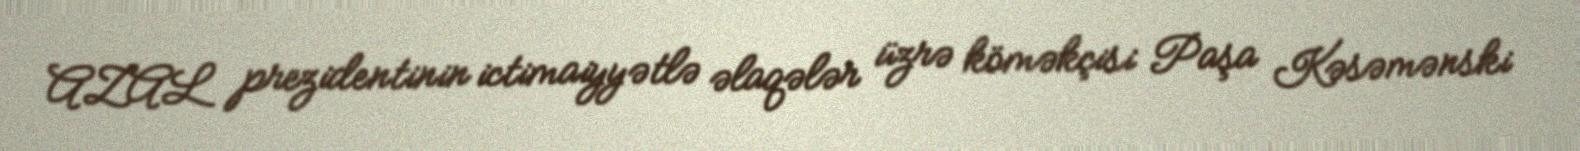
AZAL prezidentinin ictimaiyyətlə əlaqələr üzrə köməkçisi Paşa Kəsəmənski